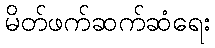
မိတ်ဖက်ဆက်ဆံရေး